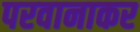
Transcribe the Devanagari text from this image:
परवानाकर